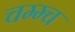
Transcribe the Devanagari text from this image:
चम्म्च